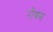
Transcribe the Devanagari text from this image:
रौक्स